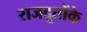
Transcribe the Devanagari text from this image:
राजदूतोंके